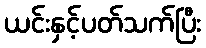
ယင်းနှင့်ပတ်သက်ပြီး